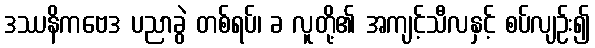
ဒဿနိကဗေဒ ပညာခွဲ တစ်ရပ်၊ ခ လူတို့၏ အကျင့်သီလနှင့် စပ်လျဉ်း၍